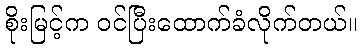
စိုးမြင့်က ဝင်ပြီးထောက်ခံလိုက်တယ်။